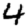
Digit: 4